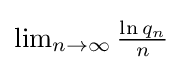
{\textstyle \lim _{n\to \infty }{\frac {\ln q_{n}}{n}}}